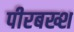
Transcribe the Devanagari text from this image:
पीरबख्श